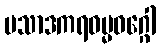
ပသာဒကရဓမ္မဝဂ္ဂေါ